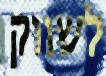
לשווק